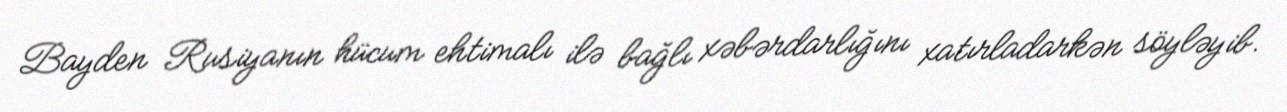
Bayden Rusiyanın hücum ehtimalı ilə bağlı xəbərdarlığını xatırladarkən söyləyib.